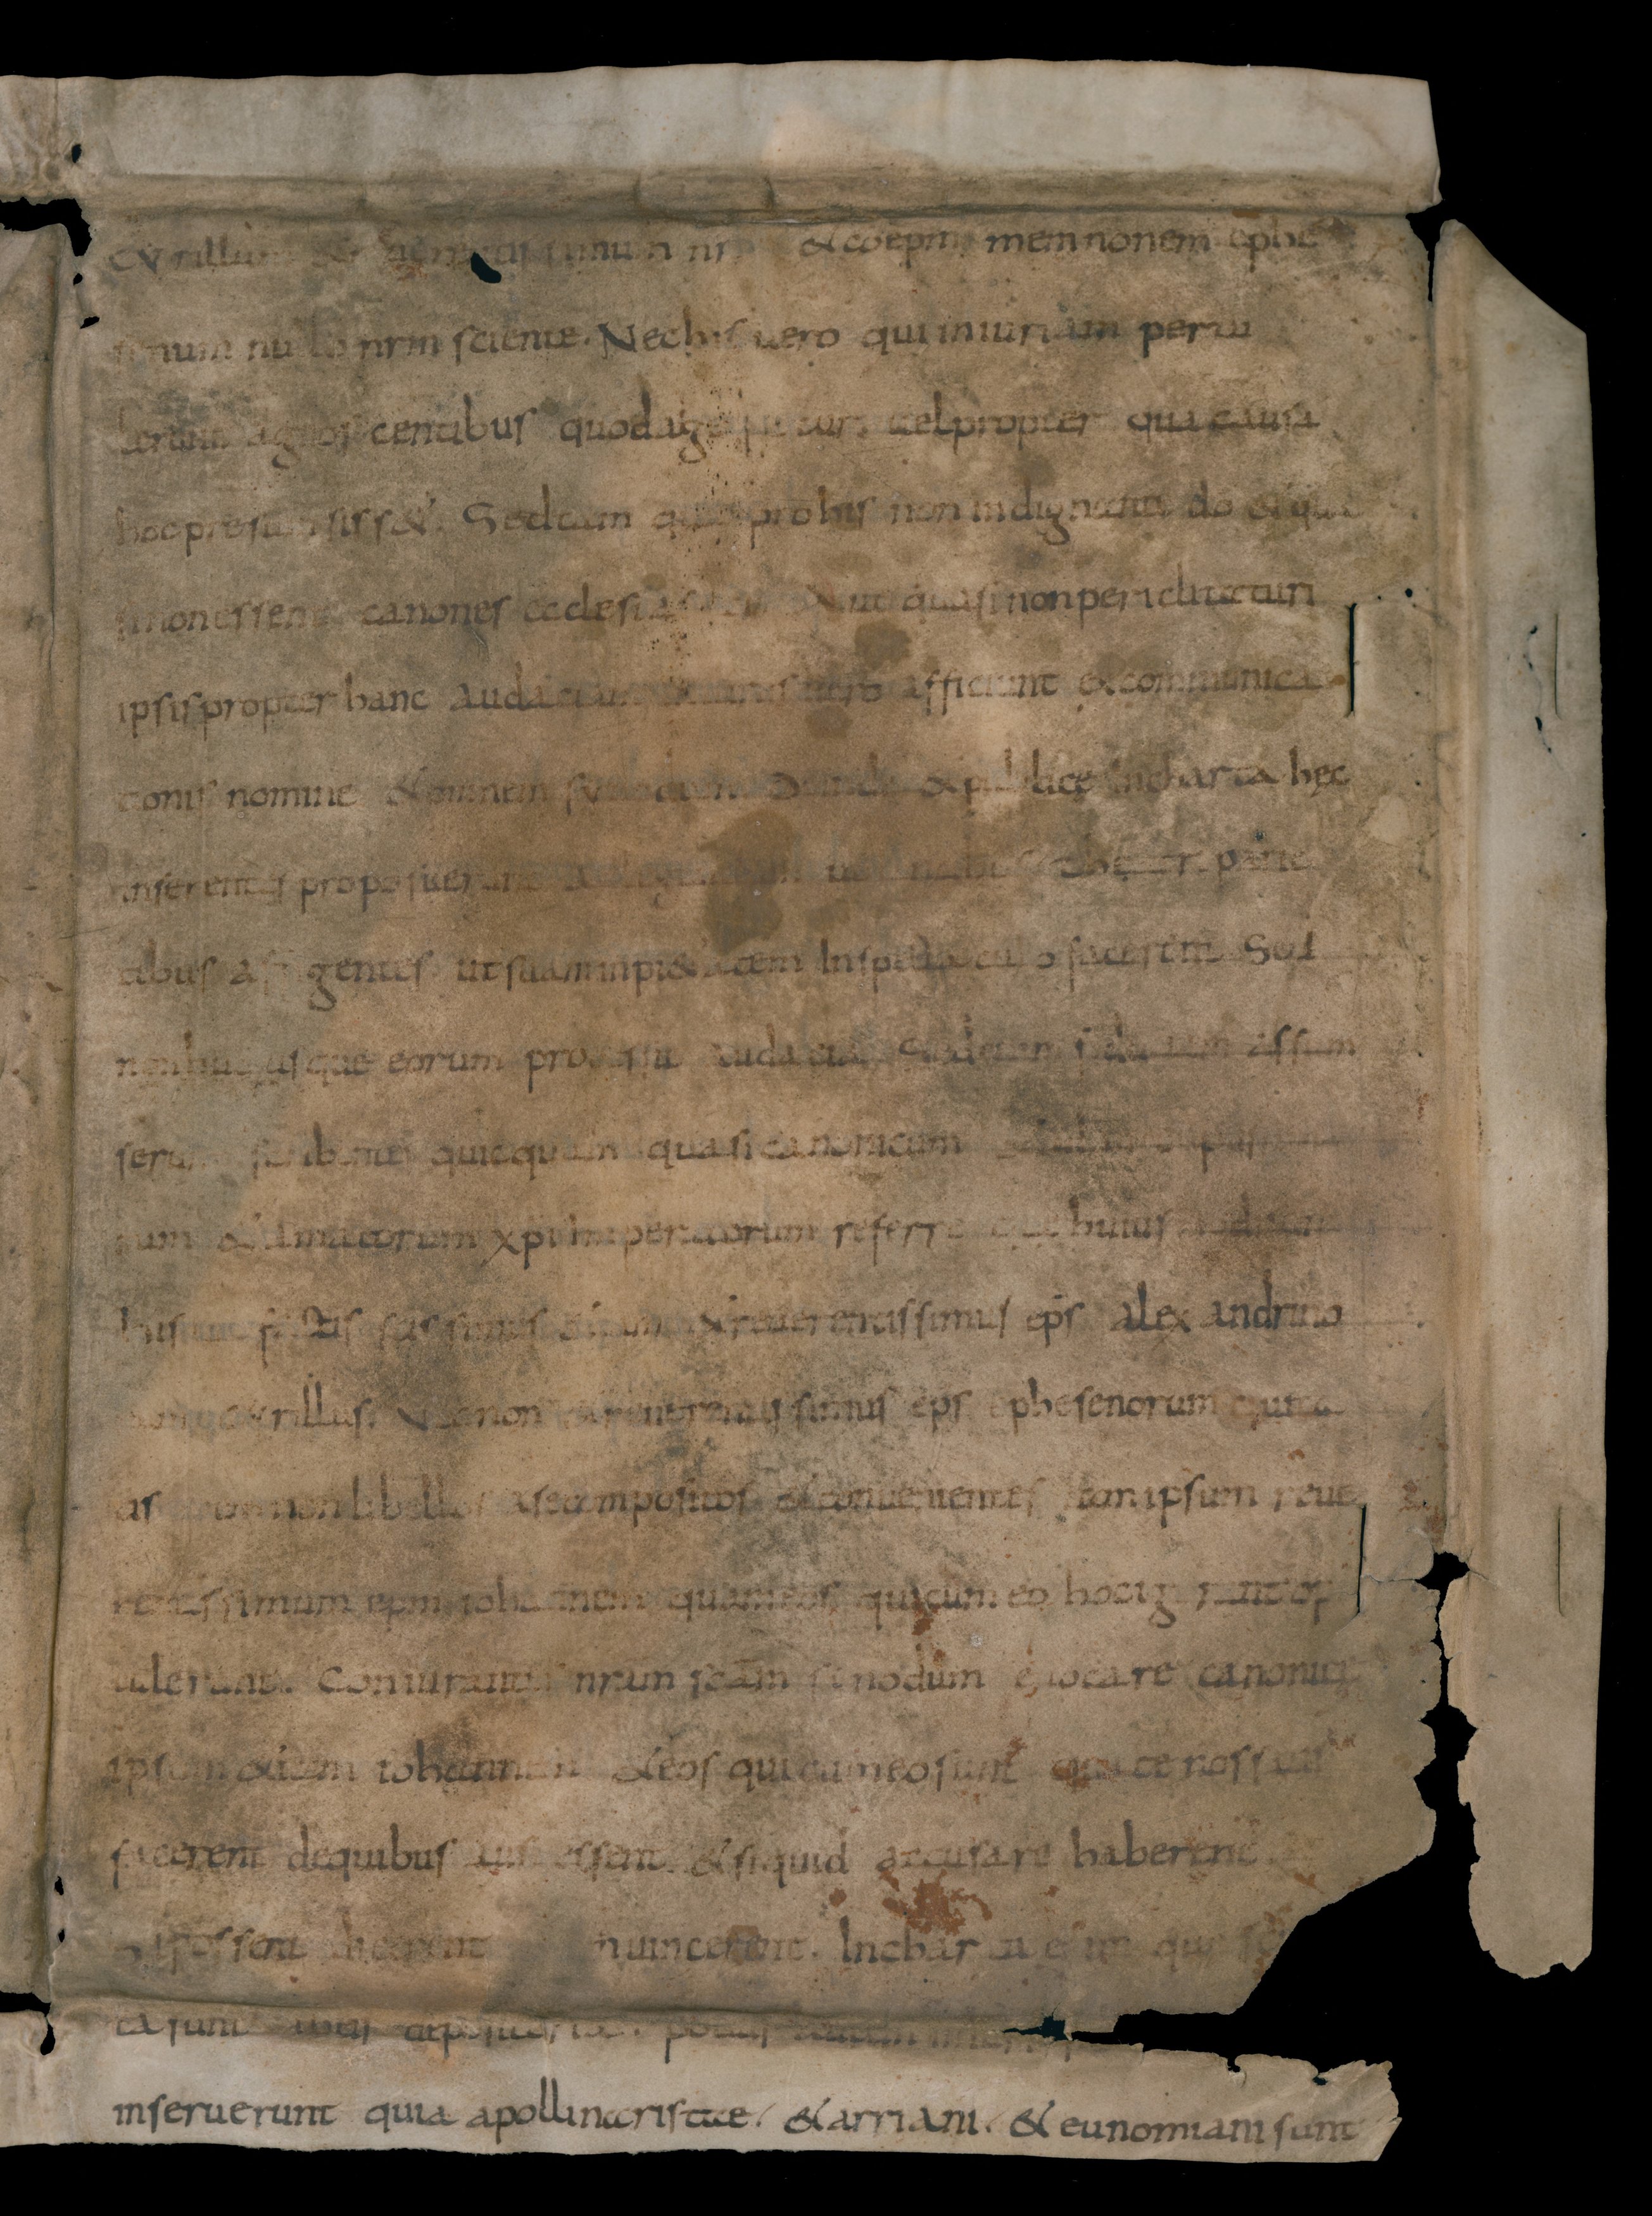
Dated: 834–865